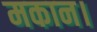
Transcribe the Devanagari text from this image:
मकान।